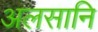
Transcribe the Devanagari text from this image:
अलसानि